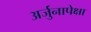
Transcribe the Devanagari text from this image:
अर्जुनापेक्षा